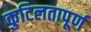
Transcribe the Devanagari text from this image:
कुटिलतापूर्ण